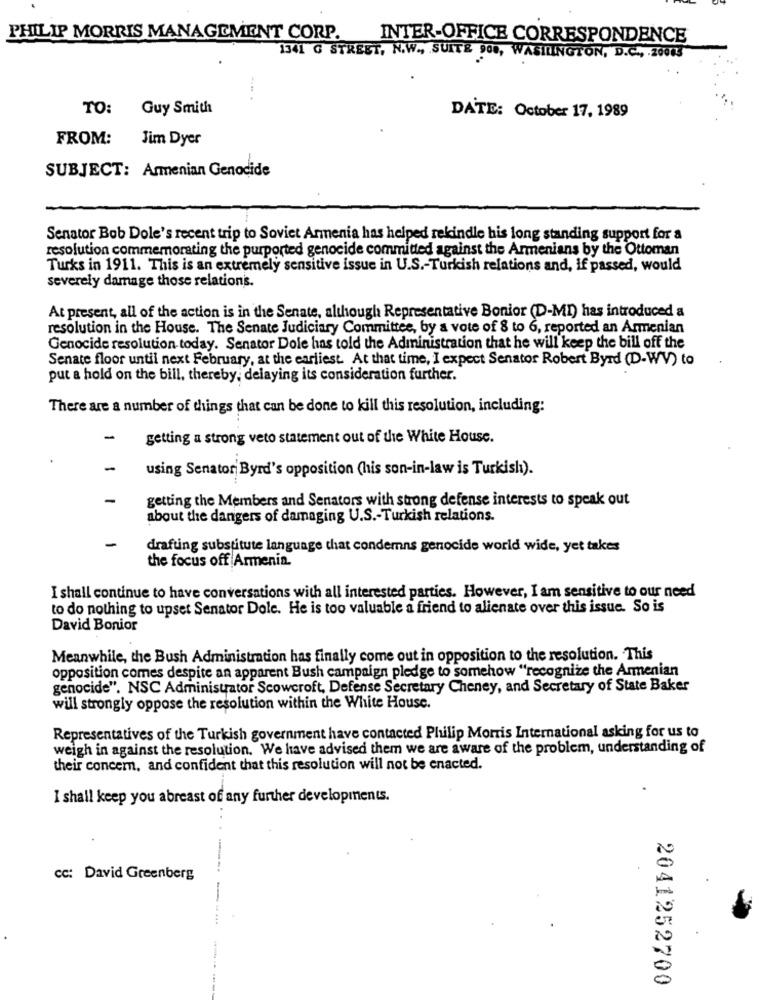
PHILIP MORRIS MANAGEMENT CORP.
INTER-OFFICE CORRESPONDENCE
1341 G STREET, N.W ., SUITE 900, WASILINGTON, D.C ., . 20045
TO:
Guy Smith
DATE: October 17, 1989
FROM:
Jim Dyer
SUBJECT: Armenian Genocide
Senator Bob Dole's recent trip to Soviet Armenia has helped rekindle his long standing support for a
resolution commemorating the purported genocide committed against the Armenians by the Ottoman
Turks in 1911. This is an extremely sensitive issue in U.S .- Turkish relations and, if passed, would
severely damage those relations.
At present, all of the action is in the Senate, although Representative Bonior (D-MI) has introduced a
resolution in the House. The Senate Judiciary Committee, by a vote of 8 to 6, reported an Armenian
Genocide resolution today. Senator Dole has told the Administration that he will keep the bill off the
Senate floor until next February, at the earliest. At that time, I expect Senator Robert Byrd (D-WV) to
put a hold on the bill, thereby, delaying its consideration further.
There are a number of things that can be done to kill this resolution, including:
-
getting a strong veto statement out of the White House.
using Senator Byrd's opposition (his son-in-law is Turkish).
-
getting the Members and Senators with strong defense interests to speak out
about the dangers of damaging U.S .- Turkish relations.
-
drafting substitute language that condemns genocide world wide, yet takes
the focus off Armenia.
I shall continue to have conversations with all interested parties. However, I am sensitive to our need
to do nothing to upset Senator Dole. He is too valuable a friend to alienate over this issue. So is
David Bonior
Meanwhile, the Bush Administration has finally come out in opposition to the resolution. This
opposition comes despite an apparent Bush campaign pledge to somehow "recognize the Armenian
genocide". NSC Administrator Scowcroft, Defense Secretary Cheney, and Secretary of State Baker
will strongly oppose the resolution within the White House.
Representatives of the Turkish government have contacted Philip Morris International asking for us to
weigh in against the resolution. We have advised them we are aware of the problem, understanding of
their concem, and confident that this resolution will not be enacted.
I shall keep you abreast of any further developments.
cc: David Greenberg
-
2041252700